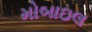
મોબાઇલ